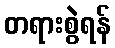
တရားစွဲရန်